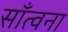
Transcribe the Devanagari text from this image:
साँत्वना